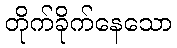
တိုက်ခိုက်နေသော